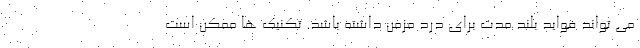
می تواند فواید بلند مدت برای درد مزمن داشته باشد. تکنیک ها ممکن است